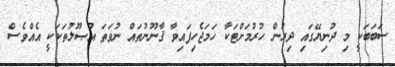
ސަބަބަކީ މި ދުނިޔޭގައި ދިރުން ހުރުމަށްޓަކާ ހަމަޖެހިފައިވާ ޤާނޫނުތައް ނުވަތަ އުޞޫލުތަކަކީ އެއްވެސް